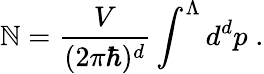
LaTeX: \mathbb{N}=\frac{{V}}{{(2\pi\hbar)^{d}}}\int^{\Lambda}d^{d}p\; .